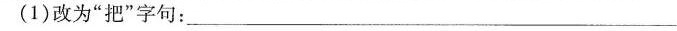
(1)改为”把”字句：